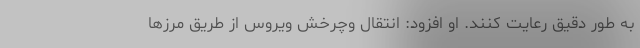
به طور دقیق رعایت کنند. او افزود: انتقال وچرخش ویروس از طریق مرزها